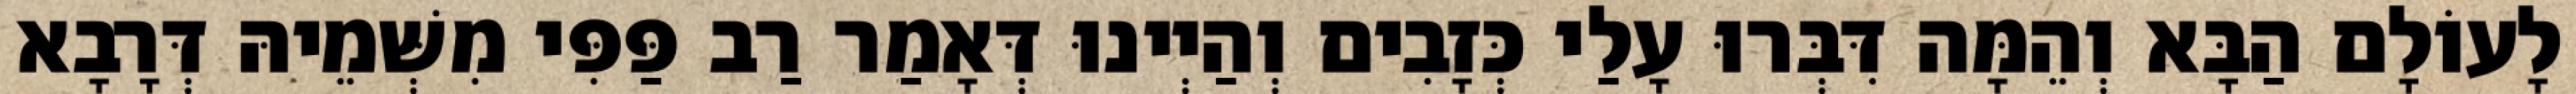
לָעוֹלָם הַבָּא וְהֵמָּה דִּבְּרוּ עָלַי כְּזָבִים וְהַיְינוּ דְּאָמַר רַב פַּפִּי מִשְּׁמֵיהּ דְּרָבָא